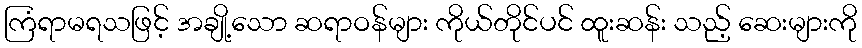
ကြံရာမရသဖြင့် အချို့သော ဆရာဝန်များ ကိုယ်တိုင်ပင် ထူးဆန်း သည့် ဆေးများကို